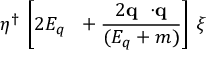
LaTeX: { \eta } ^ { \dag } \ \biggl [ 2 E _ { q } \ { \bf \bf { \sigma } } + \frac { 2 { \bf q } \ { \bf { \sigma } } { \cdot } { \bf q } } { ( E _ { q } + m ) } \biggr ] \ { \xi }